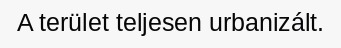
A terület teljesen urbanizált.